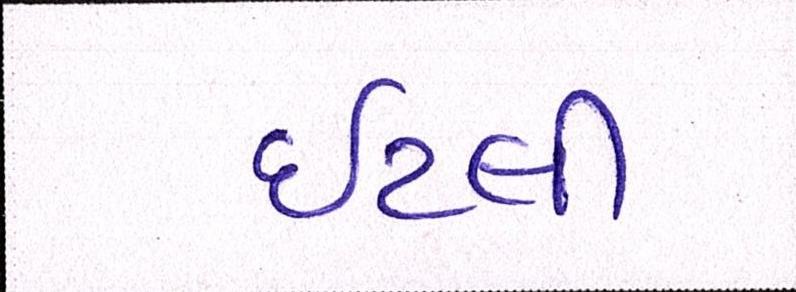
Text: ઇટલી